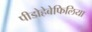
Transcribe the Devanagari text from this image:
पीडोहेबेफिलिया